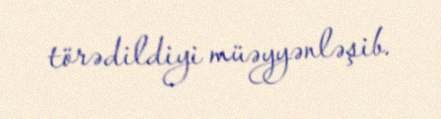
törədildiyi müəyyənləşib.